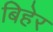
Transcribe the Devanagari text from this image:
बिहेर